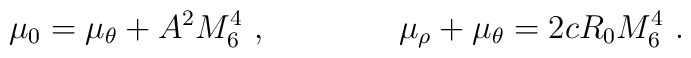
\mu_0=\mu_\theta+A^2M_6^4\ , \qquad\qquad \mu_\rho+\mu_\theta= 2 c R_0M_6^4\ .